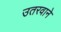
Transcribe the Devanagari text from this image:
उतरवाने